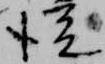
従